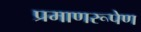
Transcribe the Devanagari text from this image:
प्रमाणरूपेण